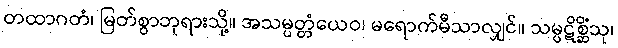
တထာဂတံ၊ မြတ်စွာဘုရားသို့။ အသမ္ပတ္တံယေဝ၊ မရောက်မီသာလျှင်။ သမ္ပဋိစ္ဆိံသု၊